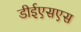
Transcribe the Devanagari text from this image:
डीईएसएस